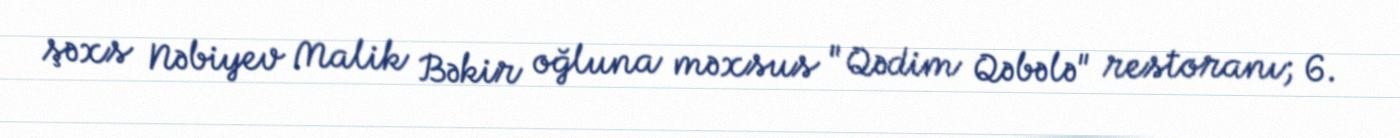
şəxs Nəbiyev Malik Bəkir oğluna məxsus "Qədim Qəbələ" restoranı; 6.